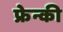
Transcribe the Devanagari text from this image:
फ्रेन्की